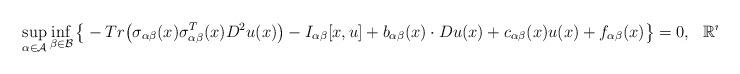
LaTeX: \begin{align*}\sup_{\alpha\in \mathcal A}\inf_{\beta\in \mathcal B}\big\{-Tr\big(\sigma_{\alpha\beta}(x)\sigma_{\alpha\beta}^T(x)D^2u(x)\big)-I_{\alpha\beta}[x,u]+b_{\alpha\beta}(x)\cdot Du(x)+c_{\alpha\beta}(x)u(x)+f_{\alpha\beta}(x)\big\}=0,\,\, \,\,\mathbb R^n\end{align*}